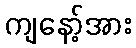
ကျနော့်အား